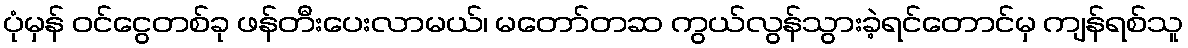
ပုံမှန် ဝင်ငွေတစ်ခု ဖန်တီးပေးလာမယ်၊ မတော်တဆ ကွယ်လွန်သွားခဲ့ရင်တောင်မှ ကျန်ရစ်သူ